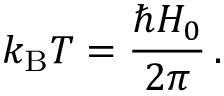
k _ { \mathrm { B } } T = \frac { \hbar H _ { 0 } } { 2 \pi } \, .